Vaccination in Bombay 1913-1923 - 1913-1923
Year: 1913
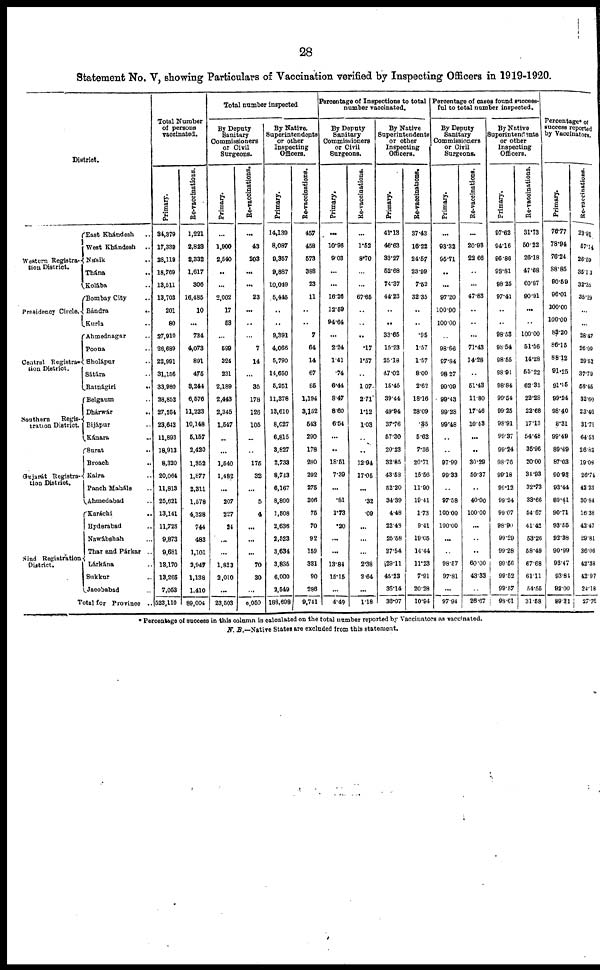
28
Statement No. V, showing Particulars of Vaccination verified by Inspecting Officers in 1919-1920.
District.
Western Registra-
tion District.
Presidency Circle.
Central Registra-
tion District.
Southern
Regis-
tration District.
Gujarát Registra-
tion District.
Sind Registration
District.
East Khándesh ..
West Khándesh
..
Násik ..
Thána ..
Kolába ..
Bombay City ..
Bándra
..
Kurla ..
Ahmednagar ..
Poona ..
Sholápur ..
Sátára ..
Ratnágiri
..
Belgaum ..
Dhárwár ..
Bijápur ..
Kánara ..
Surat ..
Broach ..
Kaira ..
Punch Maháls ..
Ahmedabad ..
Karáchi ..
Hyderabad ..
Nawábshah ..
Thar and Párkar ..
Lárkána ..
Sukkur ..
Jacobabad ..
Total for Province ..
Total Number
of persons
vaccinated.
Primary.
34,379
17,339
28,119
18,769
13,511
13,703
201
80
27,910
28,689
22,991
31,156
33,980
28,852
27,254
23,642
11,893
18,913
8,320
20,064
11,813
25,621
13,141
11,728
9,873
9,681
13,170
13,265
7,053
523,110
Re-vaccinations.
1,221
2,823
2,332
1,617
306
16,485
10
...
734
4,073
891
475
3,244
6,576
11,223
10,148
5,157
2,420
1,352
1,677
2,311
1,578
4,328
744
483
1,101
2,947
1,138
1,410
89,004
Total number inspected
By Deputy
Sanitary
Commissioners
or Civil
Surgeons.
Primary.
...
1,900
2,540
..
...
2,002
17
53
...
599
324
231
2,189
2,443
2,345
1,547
..
...
1,540
1,482
...
207
227
24
...
...
1,823
2,010
...
23,503
Re-vaccinations.
...
43
203
...
...
23
...
..
...
7
14
...
35
178
126
105
..
..
175
32
...
5
4
...
...
...
70
30
...
6,050
By Native.
Superintendents
or other
Inspecting
Officers.
Primary.
14,139
8,087
9,357
9,887
10,049
5,445
..
..
9,391
4,066
5,790
14,650
5,251
11,378
13,610
8,627
6,815
3,827
2,733
8,743
6,167
8,800
1,508
2,636
2,523
3,634
3,835
6,000
2,549
188,698
Re-vaccinations.
457
458
573
388
23
11
..
..
7
64
14
67
85
1,194
3,152
543
290
178
280
292
275
306
75
70
92
159
331
90
286
9,741
Percentage of Inspections to total
number vaccinated.
By Deputy
Sanitary
Commissioners
or Civil
Surgeons.
Primary.
...
10.96
9.03
...
...
16.26
12.59
94.64
...
2.24
1.41
.74
6.44
8.47
8.60
6.64
...
..
18.51
7.39
...
.81
1.73
.20
...
...
13.84
15.15
...
4.49
Re-vaccinations.
...
1.52
8.70
...
...
67.65
..
..
..
.17
1.57
..
1.07
2.71
1.12
1.03
..
..
12.94
17.05
...
.32
.09
...
...
..
2.38
2.64
...
1.18
By Native
Superintendents
or other
Inspecting
Officers.
Primary.
41.13
46.63
33.27
52.68
74.37
44.23
..
..
33.65
15.23
25.18
47.02
15.45
39.44
49.94
37.76
57.30
20.23
32.85
43.53
52.20
34.39
4.48
22.48
25.58
37.54
29.11
45.23
36.14
36.07
Re-vaccinations.
37.43
16.22
24.57
23.99
7.52
32.35
..
..
.95
1.57
1.57
8.00
2.62
18.16
28.09
.35
5.62
7.36
20.71
15.56
11.90
19.41
1.73
9.41
19.05
14.44
11.23
7.91
20.28
10.94
Percentage of cases found success-
ful to total number inspected.
By Deputy
Sanitary
Commissioners
or Civil
Surgeons.
Primary.
...
93.32
95.71
..
...
97.20
100.00
100.00
..
98.68
87.84
98.27
99.09
99.43
99.23
99.48
..
..
97.99
99.33
..
97.58
100.00
100.00
...
..
98.57
97.81
...
97.94
Re-vaccinations.
...
20.98
22.66
..
...
47.83
..
..
...
71.43
14.28
..
51.43
11.80
17.46
10.3
...
..
30.29
59.37
..
40.00
100.00
...
..
..
60.00
43.33
..
26.67
By Native
Superintendents
or other
Inspecting
Officers.
Primary.
97.62
94.16
96.86
98.81
98.25
97.41
..
..
98.53
98.54
98.55
98.91
98.84
99.54
99.25
98.91
99.37
99.24
98.76
99.18
99.12
99.24
99.07
98.90
99.29
99.28
99.66
99.52
99.67
98.61
Re-vaccinations.
31.73
50.22
26.18
47.68
60.87
90.91
...
..
100.00
51.56
14.28
55.22
62.35
22.28
22.68
17.13
54.48
35.96
20.00
34.93
32.73
33.66
54.67
41.42
53.26
58.49
67.68
61.11
54.55
31.58
Percentage* of
success reported
by Vaccinators.
Primary.
76.77
78.94
76.24
88.85
90.59
96.01
100.00
100.00
83.20
86.15
88.12
91.25
91.15
99.24
98.40
8.31
99.49
89.49
87.03
90.93
93.44
89.41
90.71
93.55
92.38
90.99
93.47
93.81
92.00
89.31
Re-vaccinations.
23.91
57.14
26.59
35.13
32.35
35.29
...
..
28.47
26.00
29.52
37.79
58.45
32.60
23.46
31.71
64.53
26.82
19.08
26.74
42.23
30.84
16.38
42.47
29.81
36.06
42.38
42.97
24.18
27.76
* Percentage of success in this column is calculated on the total number reported by Vaccinators as vaccinated.
N. B.—Native States are excluded from this statement.